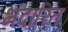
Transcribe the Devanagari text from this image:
भंदारित